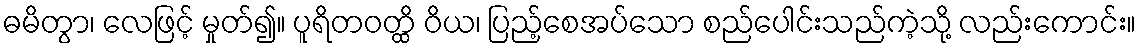
ဓမိတွာ၊ လေဖြင့် မှုတ်၍။ ပူရိတဝတ္ထိ ဝိယ၊ ပြည့်စေအပ်သော စည်ပေါင်းသည်ကဲ့သို့ လည်းကောင်း။